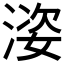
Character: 𱧢